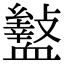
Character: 𮕡